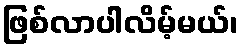
ဖြစ်လာပါလိမ့်မယ်၊